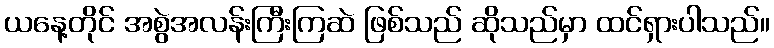
ယနေ့တိုင် အစွဲအလန်းကြီးကြဆဲ ဖြစ်သည် ဆိုသည်မှာ ထင်ရှားပါသည်။